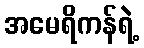
အမေရိကန်ရဲ့